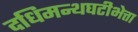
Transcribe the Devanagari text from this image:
दधिमन्थघटीभेत्ता